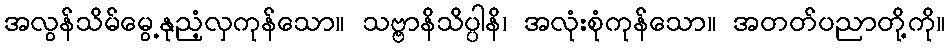
အလွန်သိမ်မွေ့နုညံ့လှကုန်သော။ သဗ္ဗာနိသိပ္ပါနိ၊ အလုံးစုံကုန်သော။ အတတ်ပညာတို့ကို။